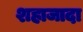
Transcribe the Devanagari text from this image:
शहाजादा